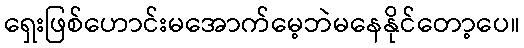
ရှေးဖြစ်ဟောင်းမအောက်မေ့ဘဲမနေနိုင်တော့ပေ။